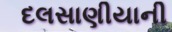
દલસાણીયાની